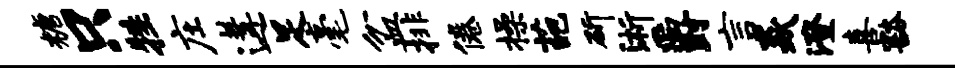
糖只牲庄遘足毫盆排倦操葩斫浙爵言焱澄喜豁